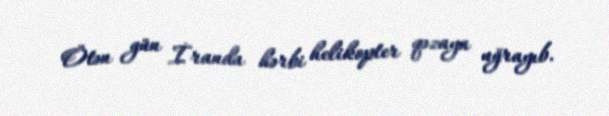
Ötən gün İranda hərbi helikopter qəzaya uğrayıb.